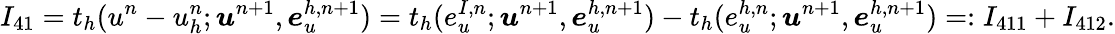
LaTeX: I_{41}=t_{h}(u^{n}-u_{h}^{n};\boldsymbol{u}^{n+1},\boldsymbol{e}_{u}^{h,n+1})=t_{h}(e_{u}^{I,n};\boldsymbol{u}^{n+1},\boldsymbol{e}_{u}^{h,n+1})-t_{h}(e_{u}^{h,n};\boldsymbol{u}^{n+1},\boldsymbol{e}_{u}^{h,n+1})=:I_{411}+I_{412}.